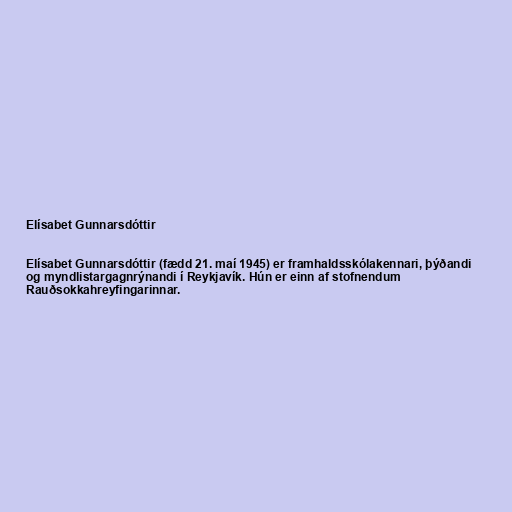
Elísabet Gunnarsdóttir

Elísabet Gunnarsdóttir (fædd 21. maí 1945) er framhaldsskólakennari, þýðandi
og myndlistargagnrýnandi í Reykjavík. Hún er einn af stofnendum
Rauðsokkahreyfingarinnar.